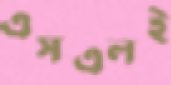
এসএলই